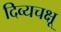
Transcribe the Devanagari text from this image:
दिव्यचक्षू